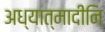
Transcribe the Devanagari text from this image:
अध्यात्मादीनि